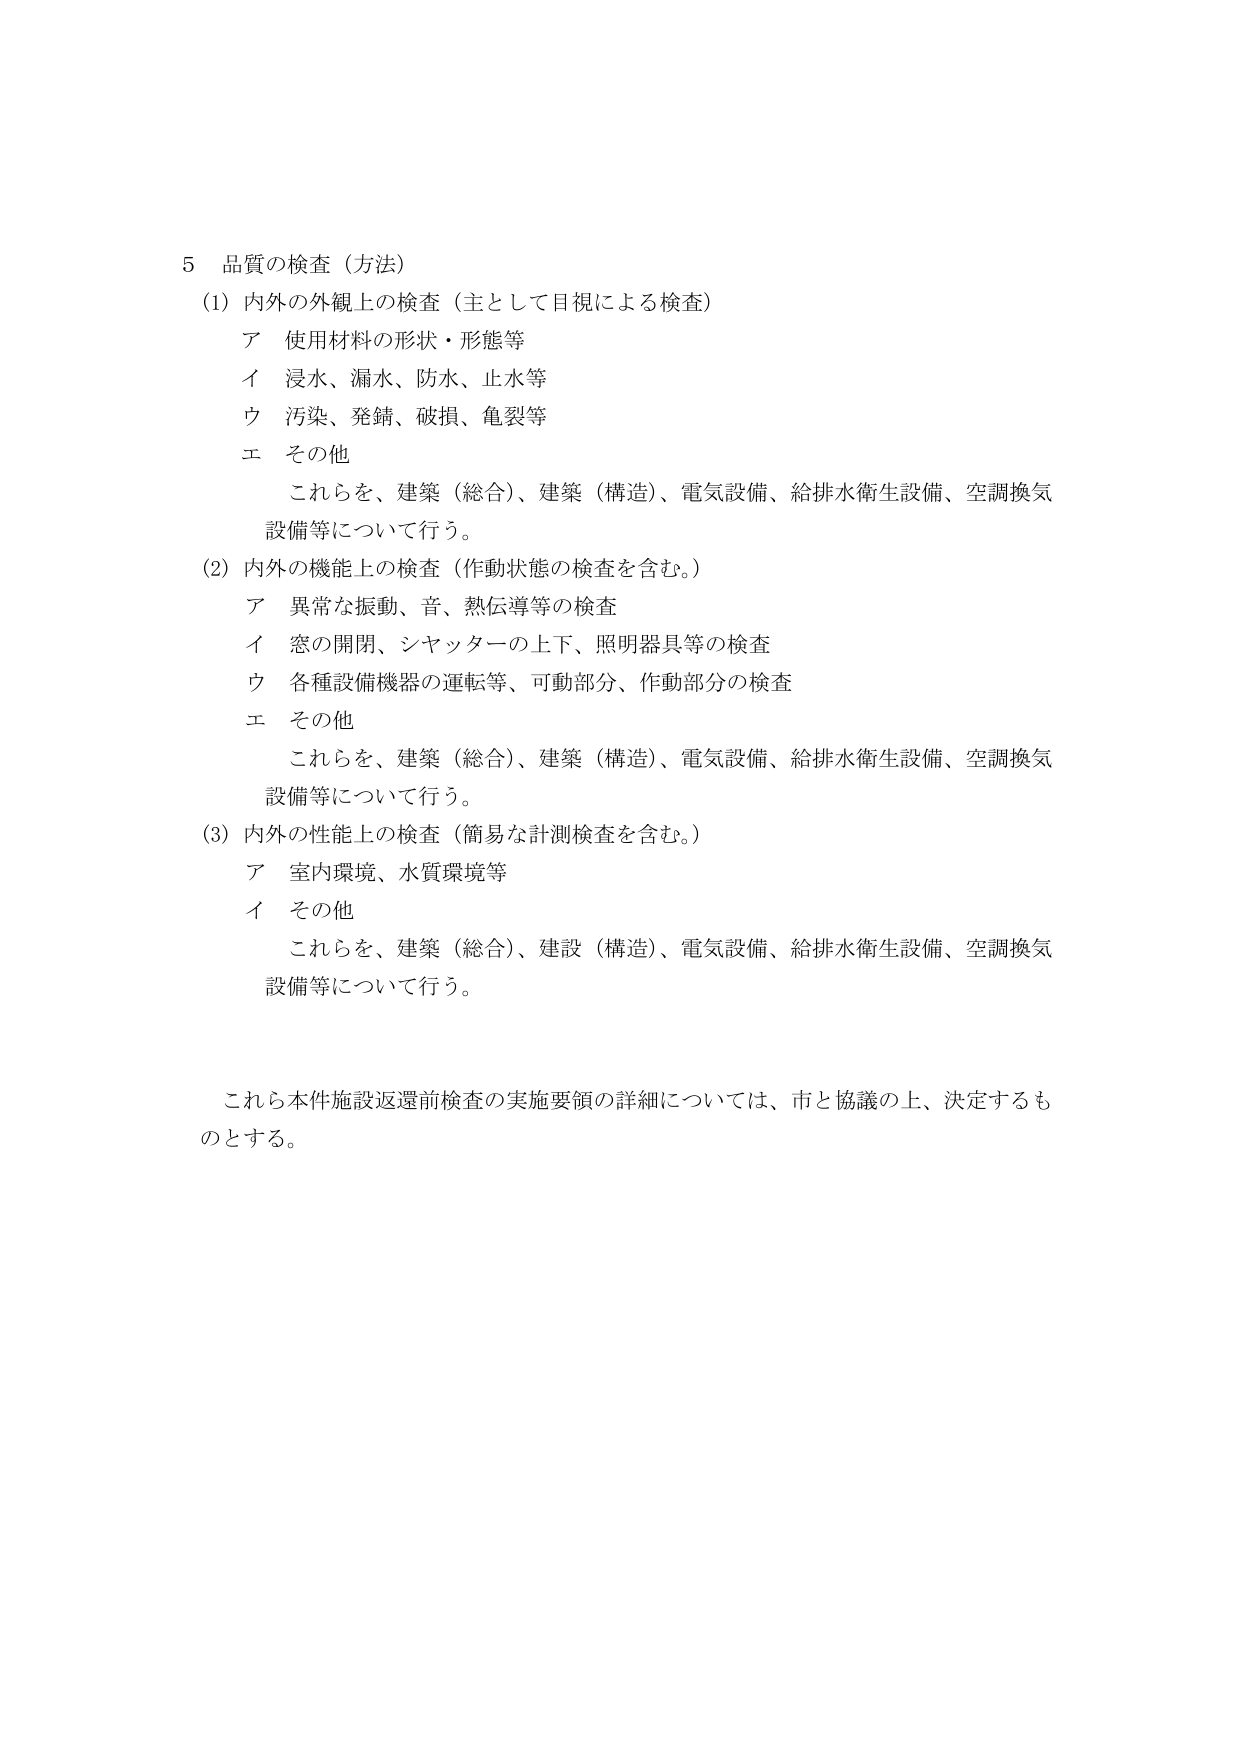
5 品質の検査（方法）
(1) 内外の外観上の検査（主として目視による検査）
　ア 使用材料の形状・形態等
　イ 浸水、漏水、防水、止水等
　ウ 汚染、発錆、破損、亀裂等
　エ その他
　　これらを、建築（総合）、建築（構造）、電気設備、給排水衛生設備、空調換気
　　設備等について行う。
(2) 内外の機能上の検査（作動状態の検査を含む。）
　ア 異常な振動、音、熱伝導等の検査
　イ 窓の開閉、シャッターの上下、照明器具等の検査
　ウ 各種設備機器の運転等、可動部分、作動部分の検査
　エ その他
　　これらを、建築（総合）、建築（構造）、電気設備、給排水衛生設備、空調換気
　　設備等について行う。
(3) 内外の性能上の検査（簡易な計測検査を含む。）
　ア 室内環境、水質環境等
　イ その他
　　これらを、建築（総合）、建設（構造）、電気設備、給排水衛生設備、空調換気
　　設備等について行う。

　これら本件施設返還前検査の実施要領の詳細については、市と協議の上、決定するものとする。